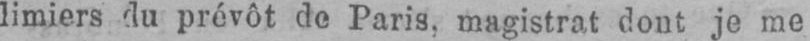
limiers du prévôt do Paris, magistrat dont je me